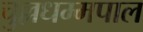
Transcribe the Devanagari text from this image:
चुल्लधम्मपाल